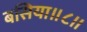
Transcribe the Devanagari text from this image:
बसिया॥८॥